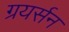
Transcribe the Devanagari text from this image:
ग्रयर्सन